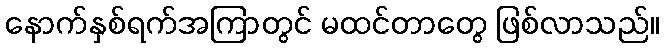
နောက်နှစ်ရက်အကြာတွင် မထင်တာတွေ ဖြစ်လာသည်။